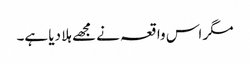
مگر اس واقعہ نے مجھے ہلا دیا ہے۔